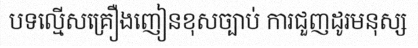
បទល្មើសគ្រឿងញៀនខុសច្បាប់ ការជួញដូរមនុស្ស